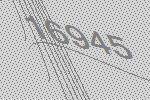
16945